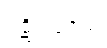
ပဋိပါဒေသိံ